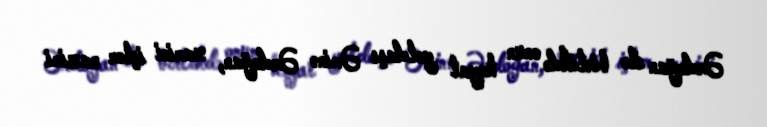
Ərdoğan ilə birlikdə onun həyat yoldaşı Əminə Ərdoğan, xarici işlər naziri